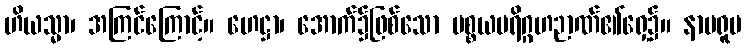
ဟိယသ္မာ၊ အကြင်ကြောင့်။ ဟေဋ္ဌာ၊ အောက်၌ဖြစ်သော ပစ္စယပရိဂ္ဂဟဉာဏ်၏ရှေ့၌။ နာမရူပ